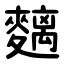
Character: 麶